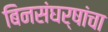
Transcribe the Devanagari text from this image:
बिनसंघर्षांचा